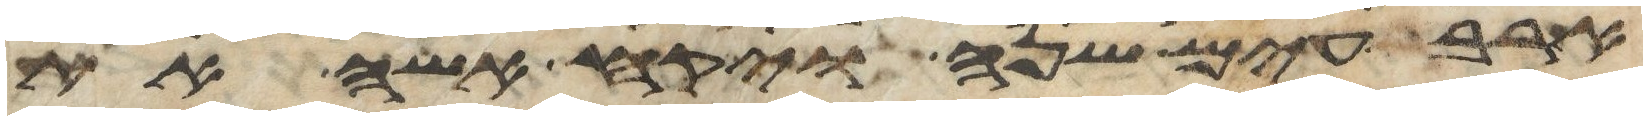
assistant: ארבעים שנה ויקח אשה את